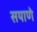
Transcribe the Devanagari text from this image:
सयाणे